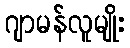
ဂျာမန်လူမျိုး